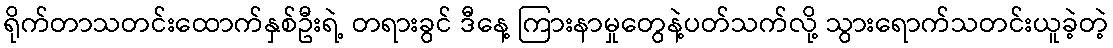
ရိုက်တာသတင်းထောက်နှစ်ဦးရဲ့ တရားခွင် ဒီနေ့ ကြားနာမှုတွေနဲ့ပတ်သက်လို့ သွားရောက်သတင်းယူခဲ့တဲ့